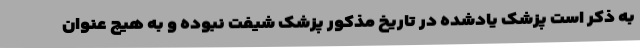
به ذکر است پزشک یادشده در تاریخ مذکور پزشک شیفت نبوده و به هیچ عنوان